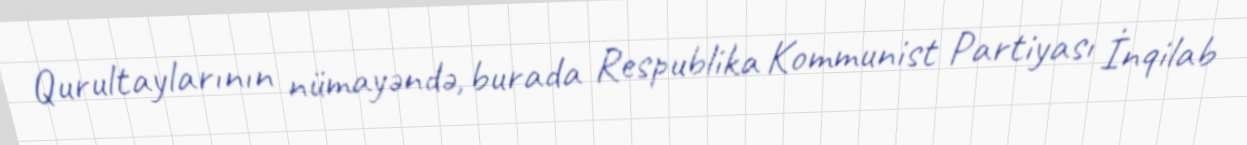
Qurultaylarının nümayəndə, burada Respublika Kommunist Partiyası İnqilab